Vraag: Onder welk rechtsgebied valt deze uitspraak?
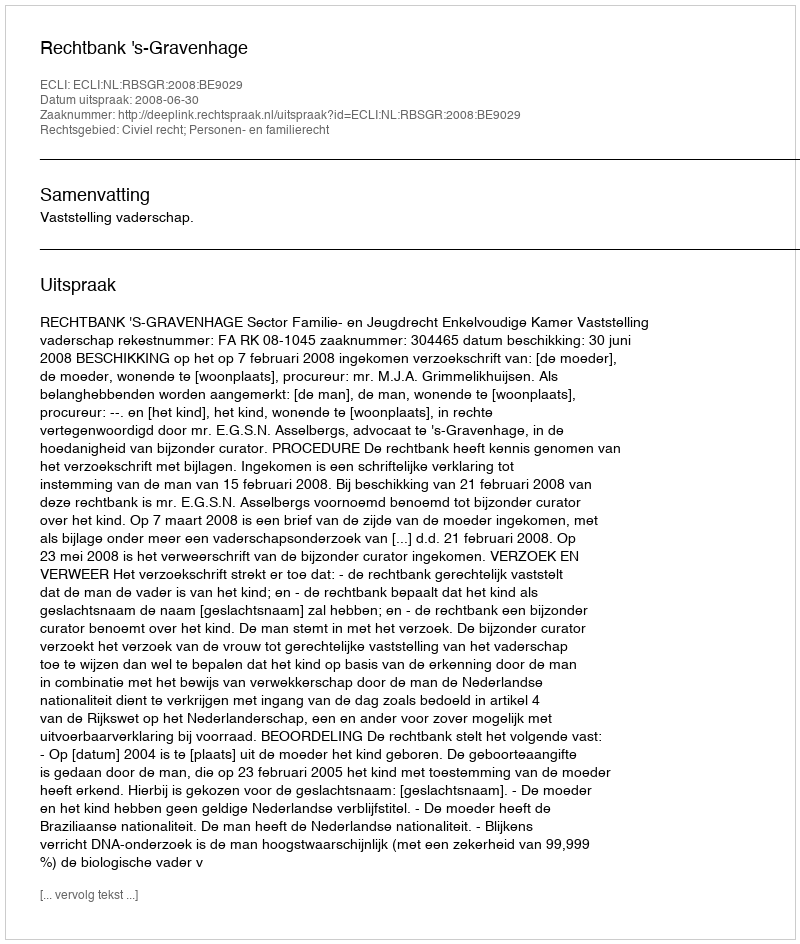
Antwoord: Civiel recht; Personen- en familierecht